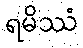
ရမိဿံ